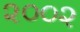
૨૦૦૨